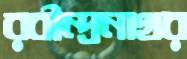
রবীন্দ্রনাথর